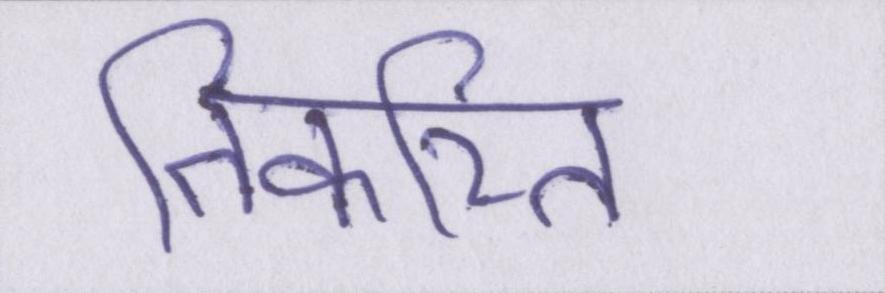
तिकरित